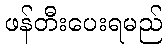
ဖန်တီးပေးရမည်